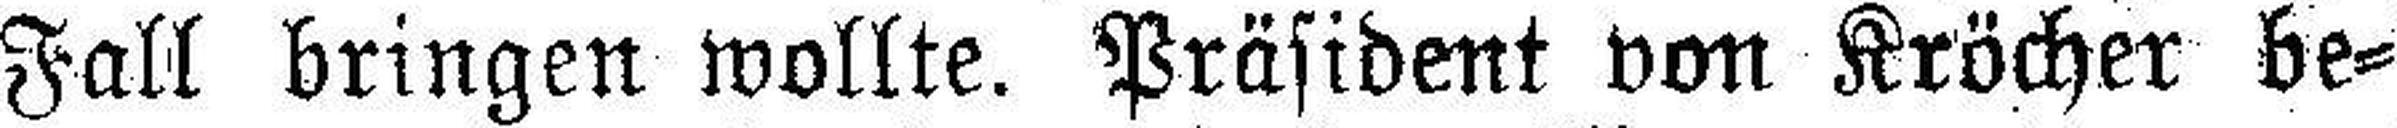
Fall bringen wollte. Präsident von Kröcher be¬